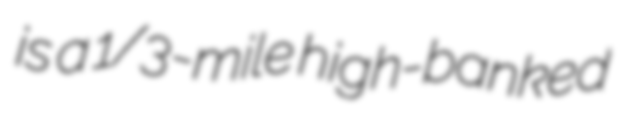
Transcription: is a 1/3-mile high-banked